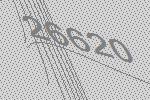
26620